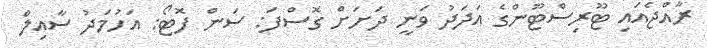
ރާއްޖެއައި ޓޫރިސްޓޫންގެ އަދަދު ވަނީ ދަށަށް ގޮސްފަ: ސަން ފޮޓޯ: އަހުމަދު ސާއިލް